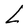
Character: L